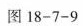
图18-7-9